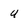
Character: U